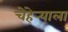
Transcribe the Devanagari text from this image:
चेहेर्‍याला